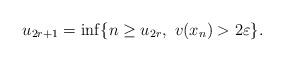
LaTeX: \begin{align*}u_{2r+1}=\inf \{ n\geq u_{2r}, \ v(x_n) > 2\varepsilon \}.\end{align*}